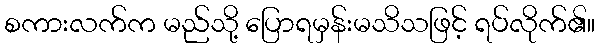
စကားလက်က မည်သို့ ပြောရမှန်းမသိသဖြင့် ရပ်လိုက်၏။